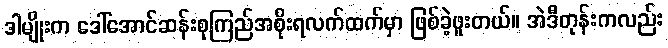
ဒါမျိုးက ဒေါ်အောင်ဆန်းစုကြည်အစိုးရလက်ထက်မှာ ဖြစ်ခဲ့ဖူးတယ်။ အဲဒီတုန်းကလည်း